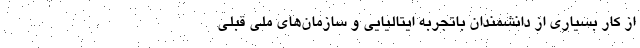
از کار بسیاری از دانشمندان باتجربه ایتالیایی و سازمان‌های ملی قبلی